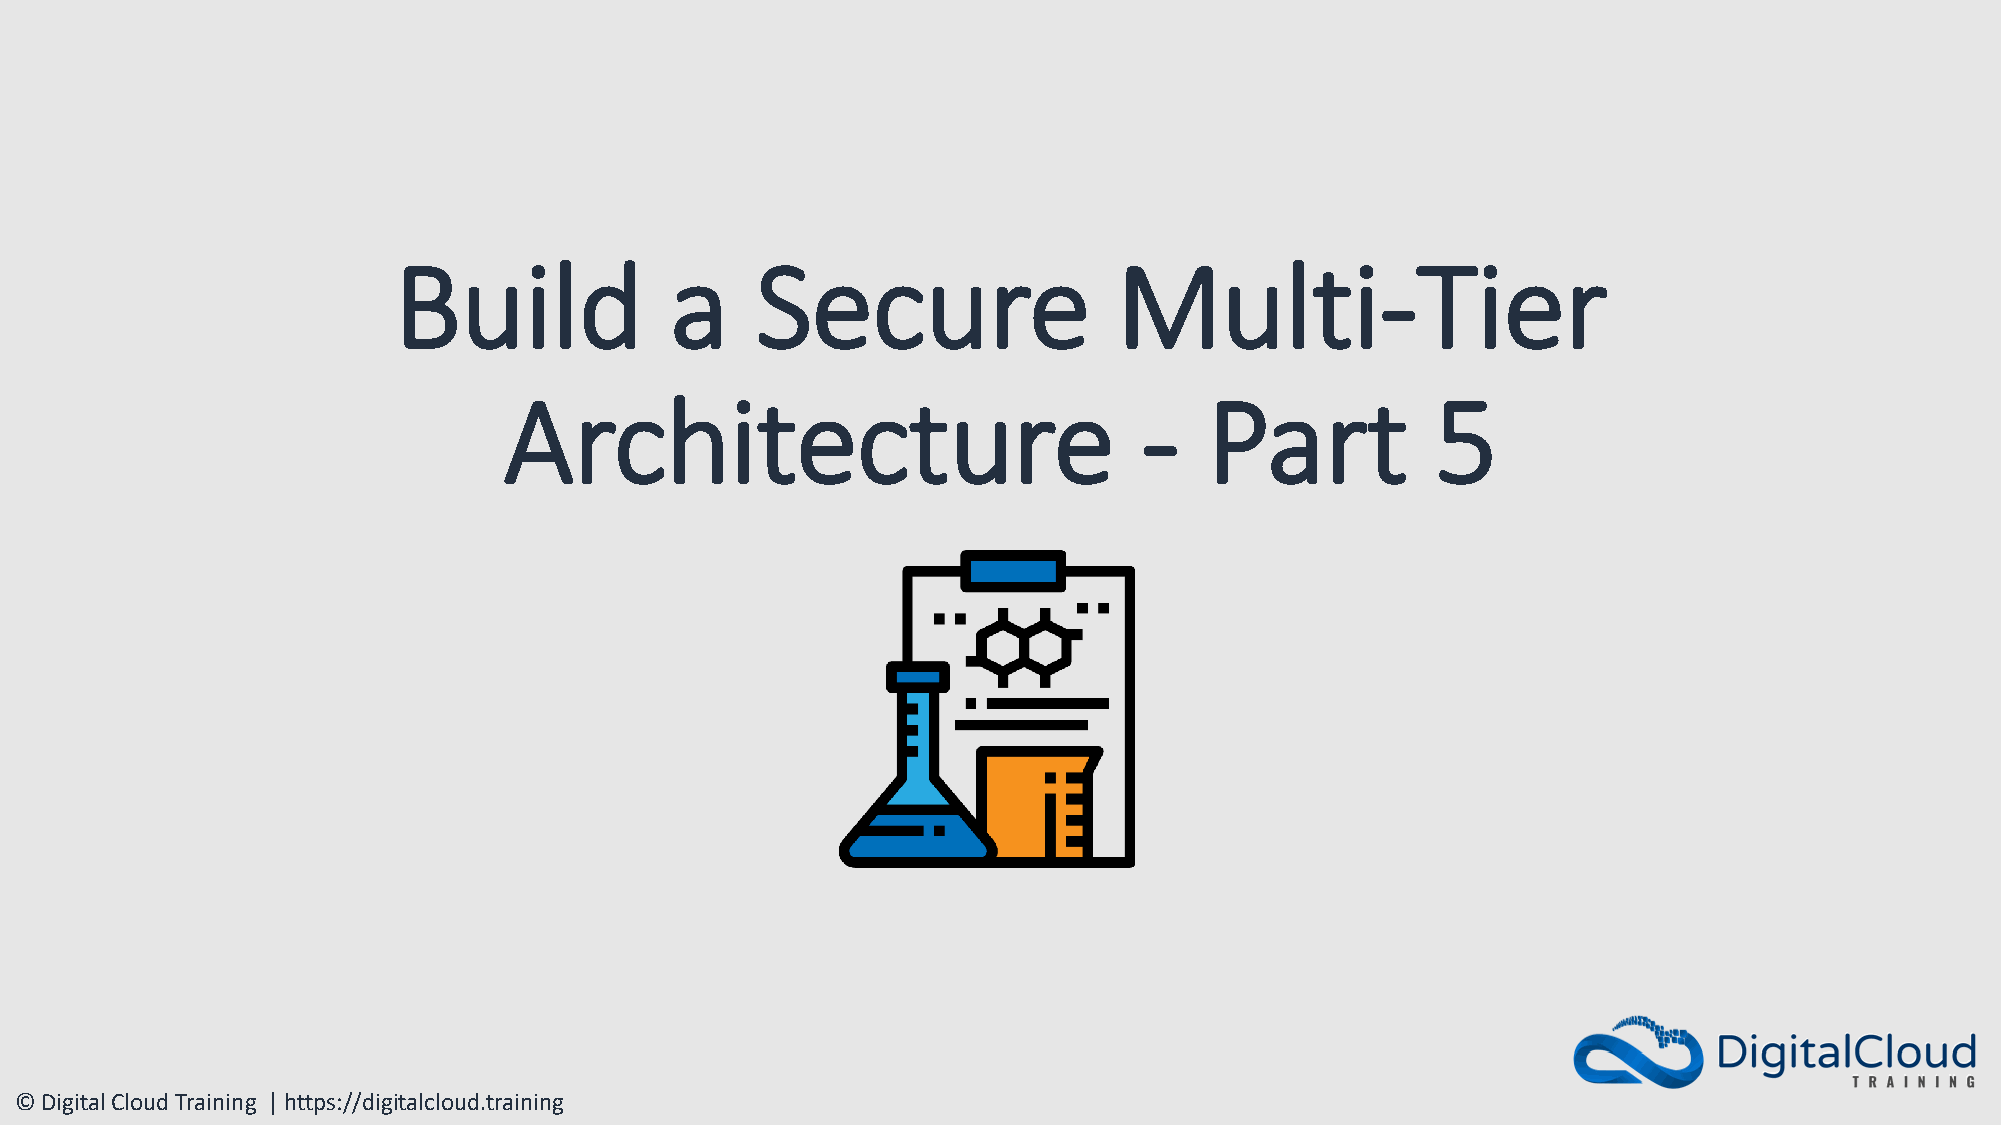
Build             a     Secure                  Multi-Tier
 Architecture                               -   Part           5
 © Digital Cloud Training | https://digitalcloud.training